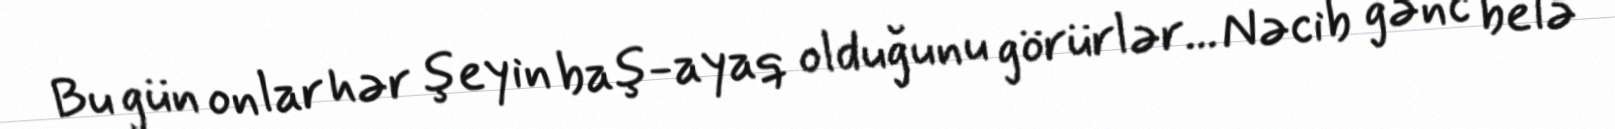
Bu gün onlar hər şeyin baş-ayaq olduğunu görürlər... Nəcib gənc belə